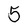
Character: 5